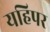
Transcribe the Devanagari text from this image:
यहिपर